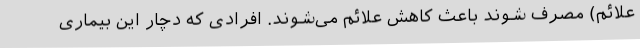
علائم) مصرف شوند باعث کاهش علائم می‌شوند. افرادی که دچار این بیماری